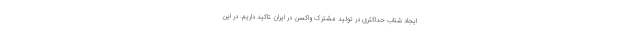
ایجاد شتاب حداکثری در تولید مشترک واکسن در ایران تاکید داریم. در این